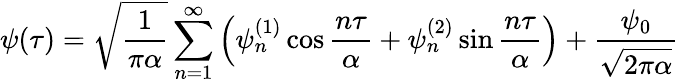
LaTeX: \psi(\tau)=\sqrt{\frac{1}{\pi\alpha}}\sum_{n=1}^{\infty}\left(\psi_{n}^{(1)}\cos{\frac{n\tau}{\alpha}}+\psi_{n}^{(2)}\sin{\frac{n\tau}{\alpha}}\right)+{\frac{\psi_{0}}{\sqrt{2\pi\alpha}}}~~~